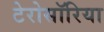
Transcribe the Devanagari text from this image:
टेरोसॉरिया